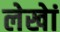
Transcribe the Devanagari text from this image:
लेखेां